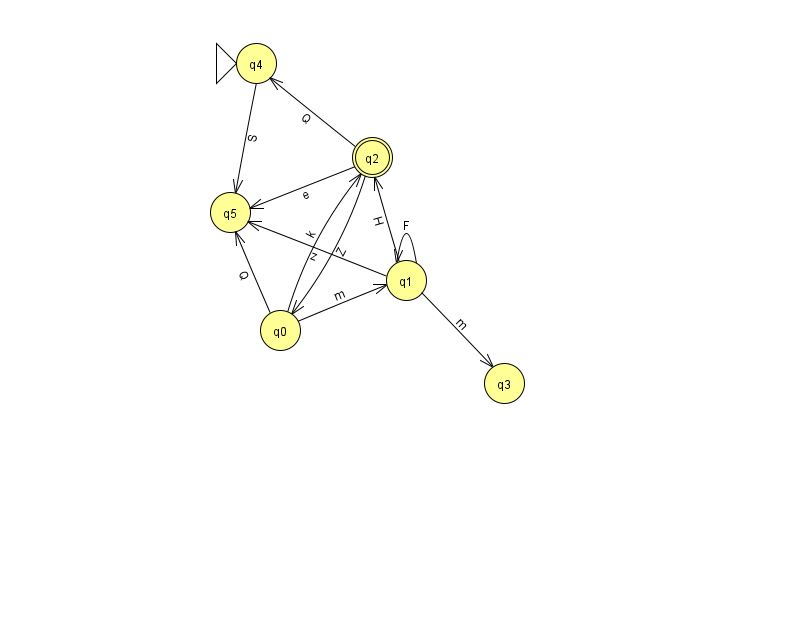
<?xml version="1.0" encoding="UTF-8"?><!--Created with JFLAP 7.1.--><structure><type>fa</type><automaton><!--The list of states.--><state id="0" name="q0"><x>280.0</x><y>317.0</y></state><state id="1" name="q1"><x>406.0</x><y>267.0</y></state><state id="2" name="q2"><x>372.0</x><y>144.0</y><final/></state><state id="3" name="q3"><x>504.0</x><y>370.0</y></state><state id="4" name="q4"><x>256.0</x><y>50.0</y><initial/></state><state id="5" name="q5"><x>230.0</x><y>199.0</y></state><!--The list of transitions.--><transition><from>4</from><to>5</to><read>S</read></transition><transition><from>0</from><to>1</to><read>m</read></transition><transition><from>1</from><to>1</to><read>F</read></transition><transition><from>1</from><to>2</to><read>H</read></transition><transition><from>1</from><to>3</to><read>m</read></transition><transition><from>2</from><to>4</to><read>Q</read></transition><transition><from>0</from><to>2</to><read>k</read></transition><transition><from>2</from><to>5</to><read>e</read></transition><transition><from>0</from><to>5</to><read>Q</read></transition><transition><from>1</from><to>5</to><read>z</read></transition><transition><from>2</from><to>0</to><read>Z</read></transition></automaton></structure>